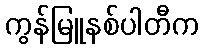
ကွန်မြူနစ်ပါတီက